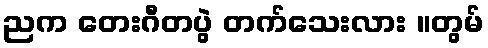
ညက တေးဂီတပွဲ တက်သေးလား ။တွမ်